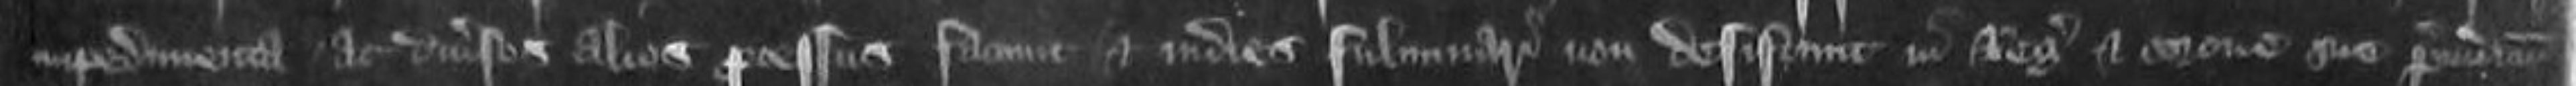
impedimenta ac diversos alios processus faciunt et indies fulminari non desistunt in Regis et corone sue preiudicium